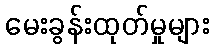
မေးခွန်းထုတ်မှုများ